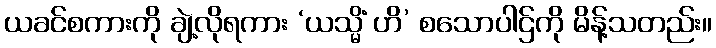
ယခင်စကားကို ချဲ့လိုရကား ‘ယသ္မိံ ဟိ’ စသောပါဌ်ကို မိန့်သတည်း။